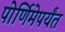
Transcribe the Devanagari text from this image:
पोर्णिमेपर्यंत